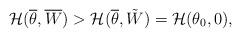
LaTeX: \begin{align*}{\cal H}(\overline{\theta},\overline{W})>{\cal H}(\overline{\theta},\tilde{W})={\cal H}(\theta_{0},0),\end{align*}